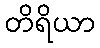
တိရိယာ